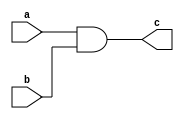
module and_data(input a,input b,output c);
assign c = a & b;
endmodule